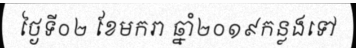
ថ្ងៃទី០២ ខែមករា ឆ្នាំ២០១៩កន្លងទៅ